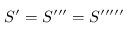
S ^ { \prime } = S ^ { \prime \prime \prime } = S ^ { \prime \prime \prime \prime \prime }